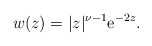
\begin{align*}w(z) = |z|^{\nu-1} {\rm e}^{-2z}.\end{align*}